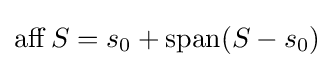
\operatorname {aff} S=s_{0}+\operatorname {span} (S-s_{0})